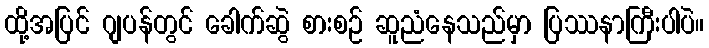
ထို့အပြင် ဂျပန်တွင် ခေါက်ဆွဲ စားစဉ် ဆူညံနေသည်မှာ ပြဿနာကြီးပါပဲ။